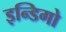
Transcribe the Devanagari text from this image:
इन्डिगो